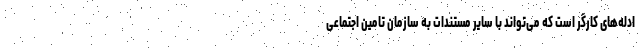
ادله‌های کارگر است که می‌تواند با سایر مستندات به سازمان تامین اجتماعی